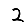
Digit: 2